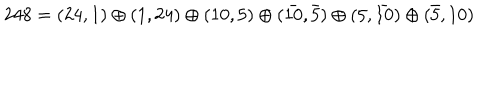
LaTeX: 2 4 8 = ( 2 4 , 1 ) \oplus ( 1 , 2 4 ) \oplus ( 1 0 , 5 ) \oplus ( \bar { 1 0 } , \bar { 5 } ) \oplus ( 5 , \bar { 1 0 } ) \oplus ( \bar { 5 } , 1 0 )